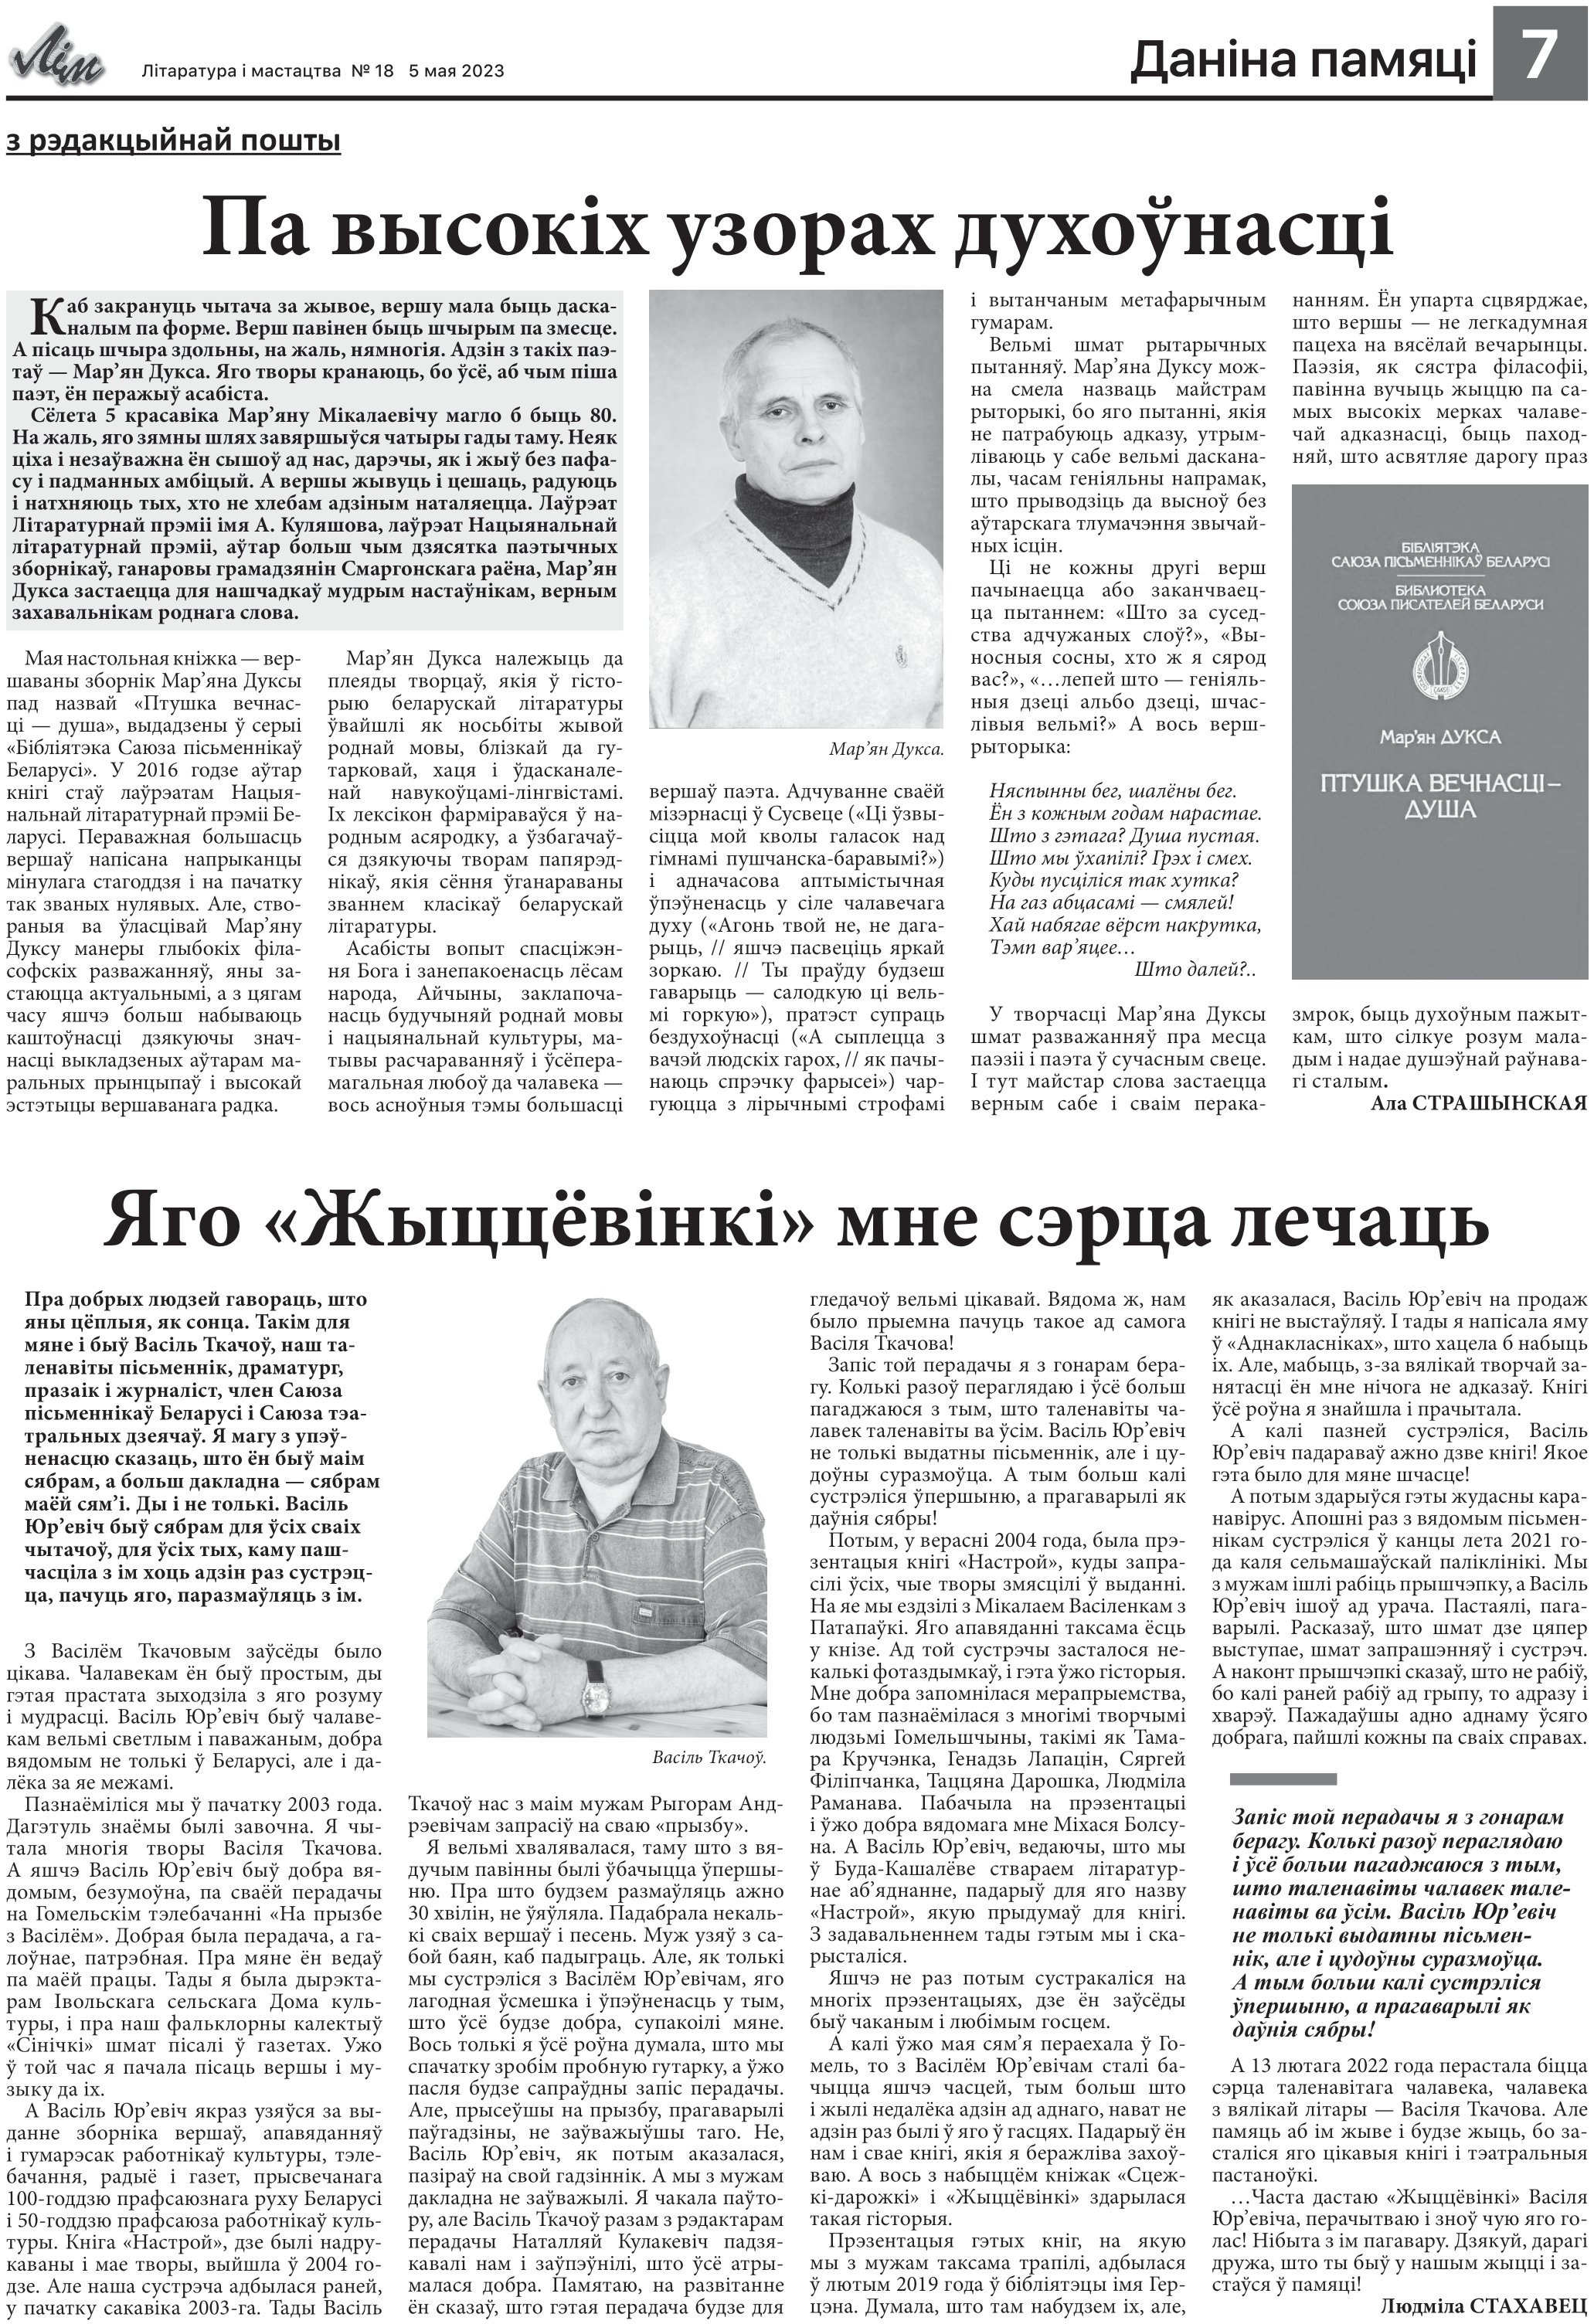
Language: be